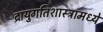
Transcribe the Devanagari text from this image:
द्रायुगतिशास्त्रामध्ये